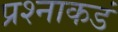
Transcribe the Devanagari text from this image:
प्रश्नाकडं